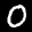
Label: 0